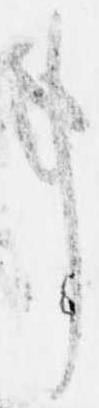
事